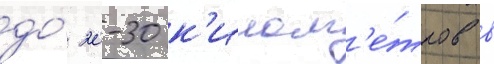
до́ 20-30 к'илом'е́тров в